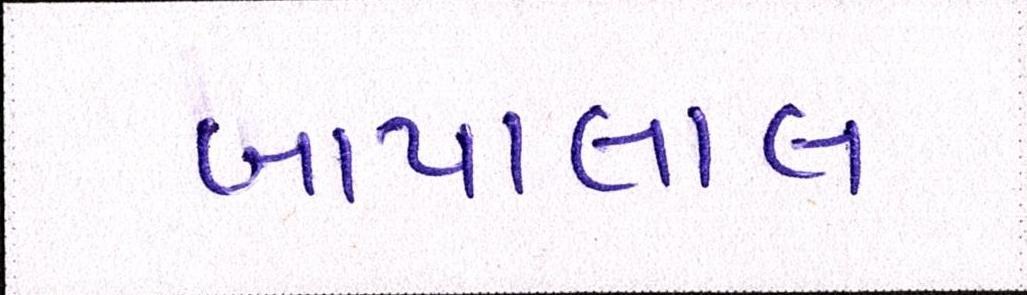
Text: બાપાલાલ